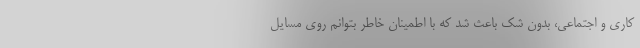
کاری و اجتماعی، بدون شک باعث شد که با اطمینان خاطر بتوانم روی مسایل